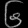
Digit: ၆